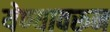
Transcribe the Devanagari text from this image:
येण्यावरून